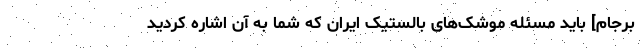
برجام] باید مسئله موشک‌های بالستیک ایران که شما به آن اشاره کردید